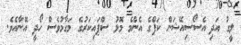
ލީގު އަދި އެސޯސިއޭޝަން ކަޕްގެ އެންމެ މޮޅު ސްޕައިކަރުގެ މަގާމުވެސް ހޯދީ އޭނާއެވެ.